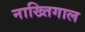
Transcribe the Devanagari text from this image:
नाख्तिगाल